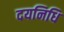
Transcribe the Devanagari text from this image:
दयनिधि